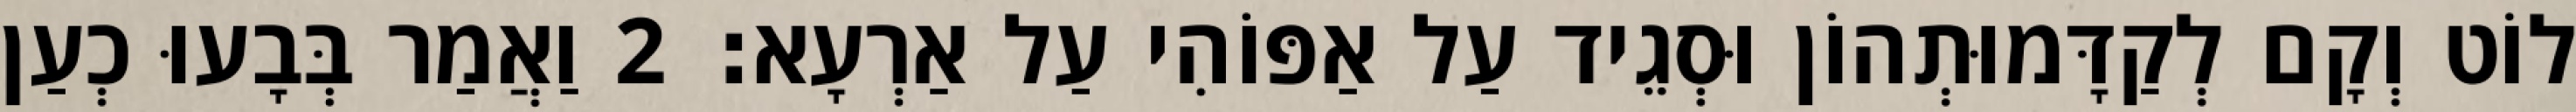
לוֹט וְקָם לְקַדָּמוּתְהוֹן וּסְגֵיד עַל אַפּוֹהִי עַל אַרְעָא׃ 2 וַאֲמַר בְּבָעוּ כְעַן